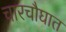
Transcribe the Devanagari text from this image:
चारचौघात